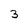
Character: 3